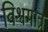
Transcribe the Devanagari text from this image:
विश्वमात्र